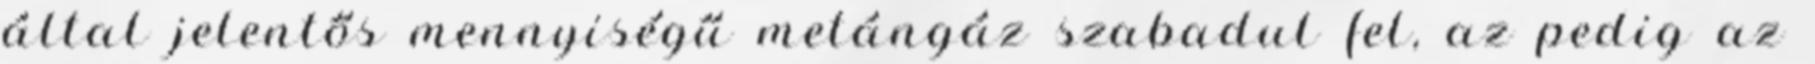
által jelentős mennyiségű metángáz szabadul fel, az pedig az